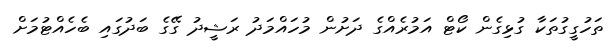
ތަހުގީގުތަކާ ގުޅިގެން ކޯޓް އަމުރެއްގެ ދަށުން މުހައްމަދު ރަޝީދު ގޭގެ ބަދުގައި ބެހެއްޓުމަށް